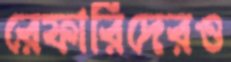
রেফারিদেরও